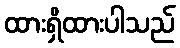
ထားရှိထားပါသည်